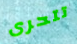
تتحرى